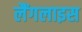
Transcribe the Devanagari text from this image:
लैंगलाइस